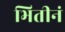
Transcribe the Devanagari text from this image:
भितीनं